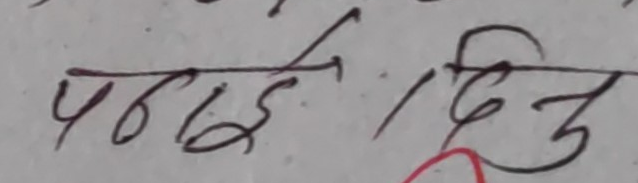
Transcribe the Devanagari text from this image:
पढाई / दिनु